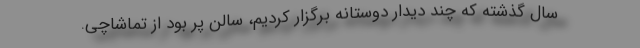
سال گذشته که چند دیدار دوستانه برگزار کردیم، سالن پر بود از تماشاچی.